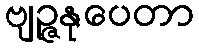
ဗျဉ္ဇနုပေတာ